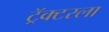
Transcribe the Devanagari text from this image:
ट्रॅक्टरला